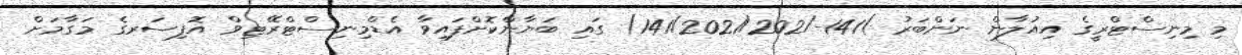
މި މިނިސްޓްރީގެ އިއުލާން ނަންބަރު )141-/141/2021/202) ގައި ބަޔާންކޮށްފައިވާ އެޑްމިނިސްޓްރޭޓިވް އޮފިސަރގެ މަގާމަށް